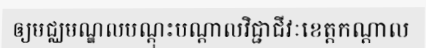
ឲ្យមជ្ឈមណ្ឌលបណ្តុះបណ្តាលវិជ្ជាជីវៈខេត្តកណ្តាល